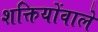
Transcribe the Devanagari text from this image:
शक्तियोंवाले